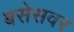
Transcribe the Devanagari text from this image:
बसेसवर